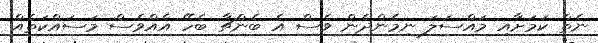
ނެތް ކަމަށާއި މައްސަލަ ނިމެންދެން ވެސް އެ ބެންޗާ ބެހޭ އެއްވެސް މަސައްކަތެއް